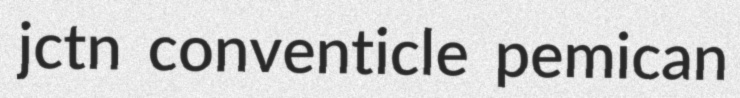
jctn conventicle pemican